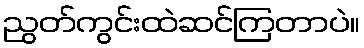
ညွတ်ကွင်းထဲဆင်ကြတာပဲ။